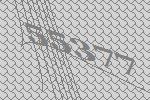
55377